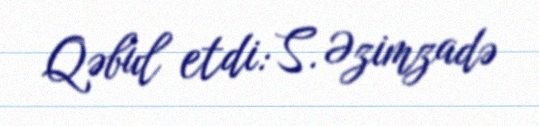
Qəbul etdi: S. Əzimzadə